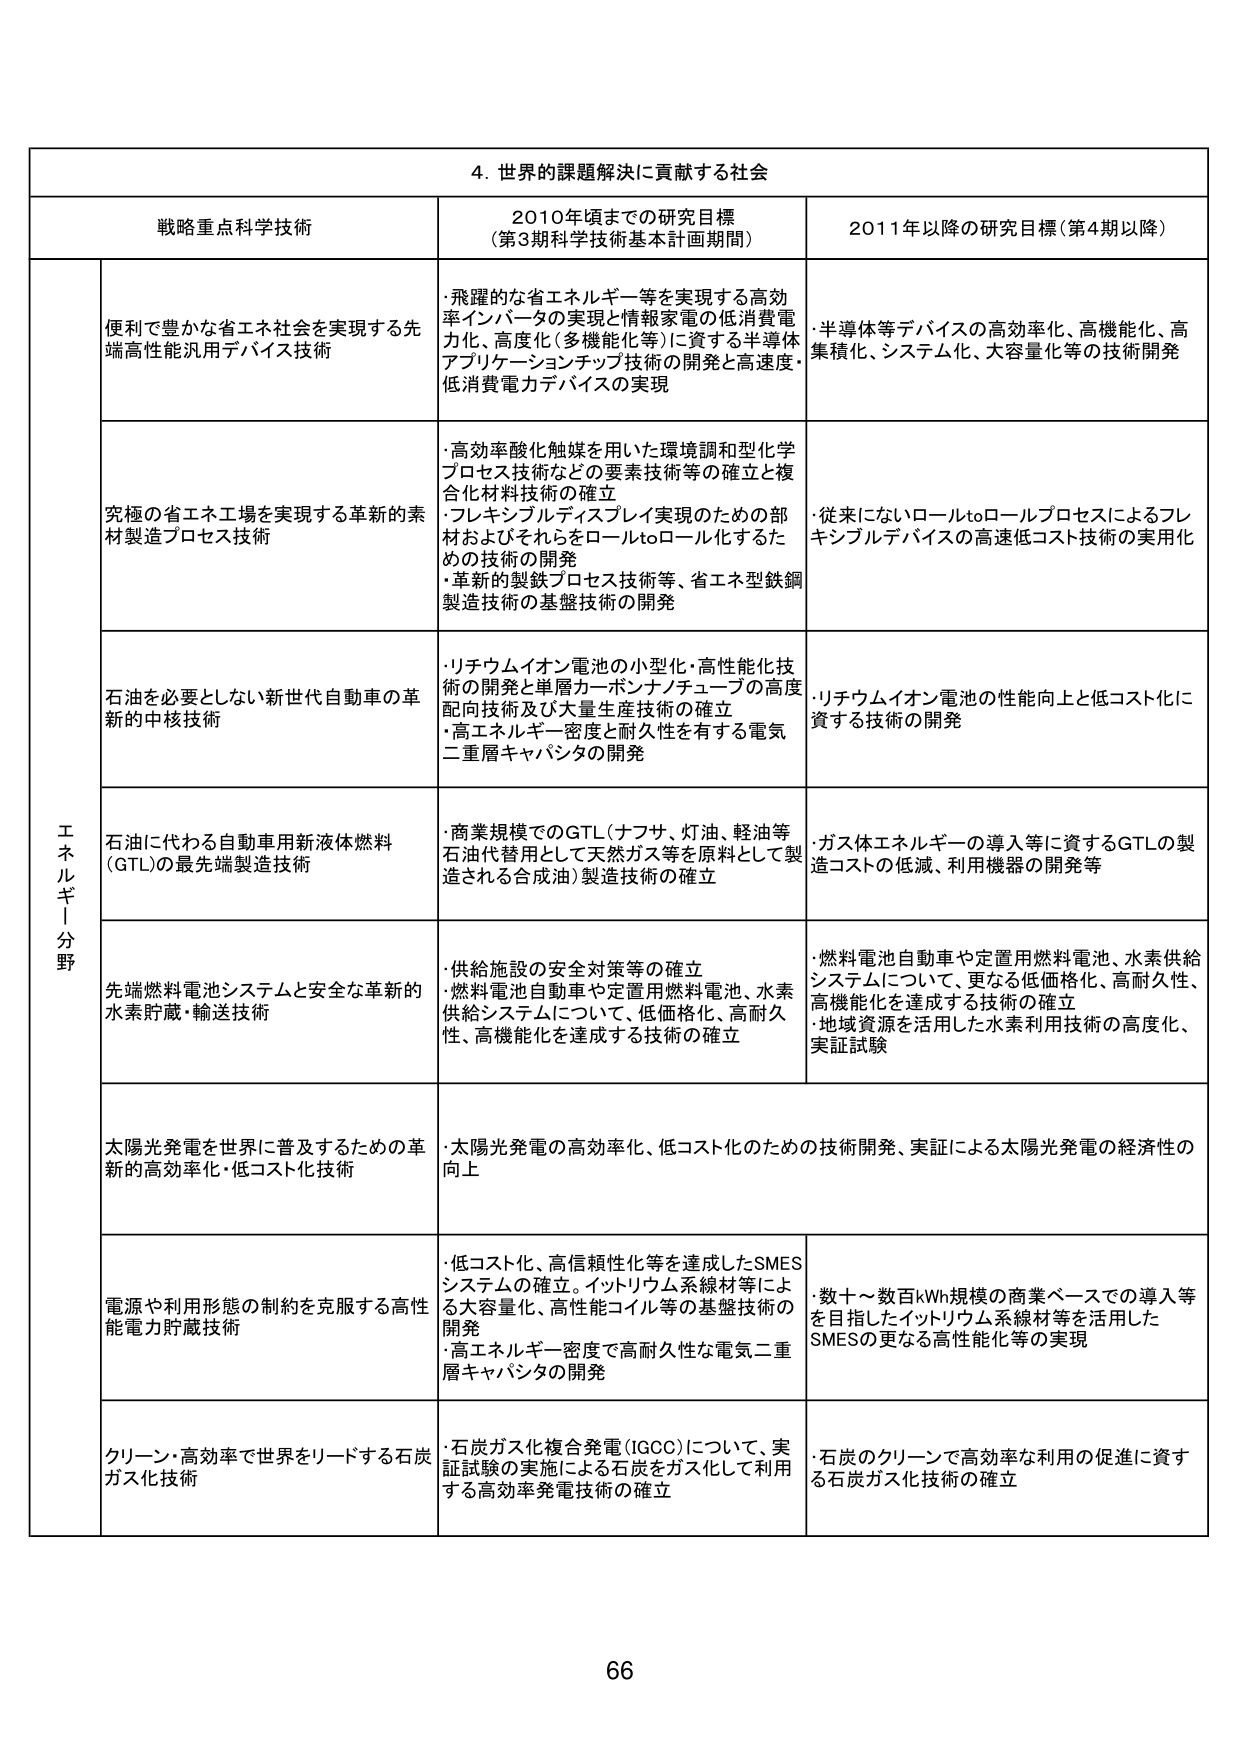
4. 世界の課題解決に貢献する社会

戦略重点科学技術 2010年頃までの研究目標 （第3期科学技術基本計画期間） 2011年以降の研究目標（第4期以降）

エネルギー分野

便利で豊かな省エネ社会を実現する先端高性能汎用デバイス技術
・飛躍的な省エネルギー等を実現する高効率インバータの実現と情報家電の低消費電力化、高度化（多機能化等）に資する半導体アプリケーションチップ技術の開発と高速度・低消費電力デバイスの実現
・半導体等デバイスの高効率化、高機能化、高集積化、システム化、大容量化等の技術開発

究極の省エネ工場を実現する革新的素材製造プロセス技術
・高効率酸化触媒を用いた環境調和型化学プロセス技術などの要素技術等の確立と複合化材料技術の確立
・フレキシブルディスプレイ実現のための部材およびそれらをロールtoロール化するための技術の開発
・革新的製鉄プロセス技術等、省エネ型鉄鋼製造技術の基盤技術の開発
・従来にないロールtoロールプロセスによるフレキシブルデバイスの高速低コスト技術の実用化

石油を必要としない新世代自動車の革新的中核技術
・リチウムイオン電池の小型化・高性能化技術の開発と単層カーボンナノチューブの高度配向技術及び大量生産技術の確立
・高エネルギー密度と耐久性を有する電気二重層キャパシタの開発
・リチウムイオン電池の性能向上と低コスト化に資する技術の開発

石油に代わる自動車用新液体燃料（GTL）の最先端製造技術
・商業規模でのGTL（ナフサ、灯油、軽油等石油代替用として天然ガス等を原料として製造される合成油）製造技術の確立
・ガス体エネルギーの導入等に資するGTLの製造コストの低減、利用機器の開発等

先端燃料電池システムと安全な革新的水素貯蔵・輸送技術
・供給施設の安全対策等の確立
・燃料電池自動車や定置用燃料電池、水素供給システムについて、低価格化、高耐久性、高機能化を達成する技術の確立
・地域資源を活用した水素利用技術の高度化、実証試験

太陽光発電を世界に普及するための革新的高効率化・低コスト化技術
・太陽光発電の高効率化、低コスト化のための技術開発、実証による太陽光発電の経済性の向上

電源や利用形態の制約を克服する高性能電力貯蔵技術
・低コスト化、高信頼性化等を達成したSMESシステムの確立。イットリウム系線材等による大容量化、高性能コイル等の基盤技術の開発
・高エネルギー密度で高耐久性な電気二重層キャパシタの開発
・数十～数百kWh規模の商業ベースでの導入等を目指したイットリウム系線材等を活用したSMESの更なる高性能化等の実現

クリーン・高効率で世界をリードする石炭ガス化技術
・石炭ガス化複合発電（IGCC）について、実証試験の実施による石炭をガス化して利用する高効率発電技術の確立
・石炭のクリーンで高効率な利用の促進に資する石炭ガス化技術の確立

66